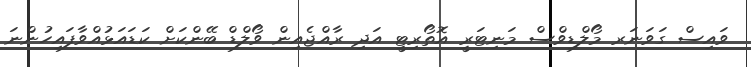
ވައިސް ގަވަނަރ މޯލްޑިވްސް މަނިޓަރީ އޮތޯރިޓީ އަދި ރާއްޖެއިން ވޯލްޑް ބޭންކަށް ކަޑައަޅުއްވާފައިހުންނަ